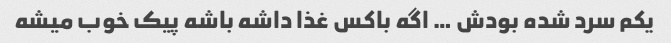
یکم سرد شده بودش … اگه باکس غذا داشه باشه پیک خوب میشه